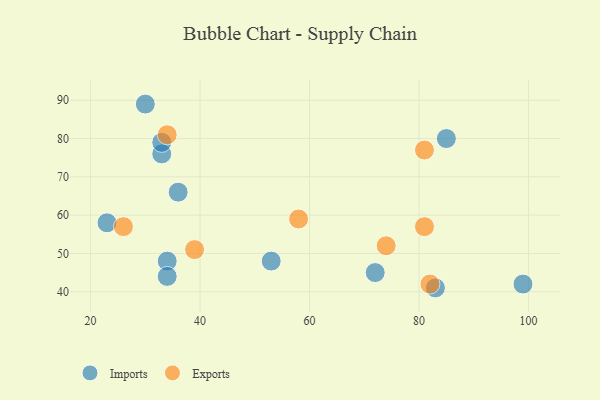
{"axis": {"x": "GDP", "y": "Life Expectancy"}, "legend": ["Exports", "Imports"], "data": [{"x": "23", "y": 58, "type": "Imports"}, {"x": "72", "y": 45, "type": "Imports"}, {"x": "53", "y": 48, "type": "Imports"}, {"x": "36", "y": 66, "type": "Imports"}, {"x": "33", "y": 76, "type": "Imports"}, {"x": "30", "y": 89, "type": "Imports"}, {"x": "33", "y": 79, "type": "Imports"}, {"x": "85", "y": 80, "type": "Imports"}, {"x": "83", "y": 41, "type": "Imports"}, {"x": "34", "y": 48, "type": "Imports"}, {"x": "34", "y": 44, "type": "Imports"}, {"x": "99", "y": 42, "type": "Imports"}, {"x": "39", "y": 51, "type": "Exports"}, {"x": "58", "y": 59, "type": "Exports"}, {"x": "82", "y": 42, "type": "Exports"}, {"x": "81", "y": 77, "type": "Exports"}, {"x": "74", "y": 52, "type": "Exports"}, {"x": "81", "y": 57, "type": "Exports"}, {"x": "26", "y": 57, "type": "Exports"}, {"x": "34", "y": 81, "type": "Exports"}]}